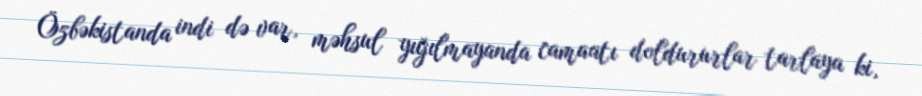
Özbəkistanda indi də var, məhsul yığılmayanda camaatı doldururlar tarlaya ki,